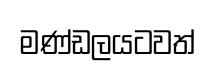
මණ්ඩලයටවත්